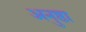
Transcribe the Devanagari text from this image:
अनुष्ठा